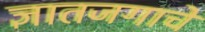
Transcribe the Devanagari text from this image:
ज्ञातजगाचे